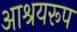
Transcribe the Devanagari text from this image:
आश्रयरूप